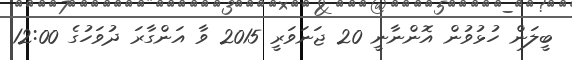
ބީލަން ހުޅުވުން އޮންނާނީ 20 ޖަނަވަރީ 2015 ވާ އަންގާރަ ދުވަހުގެ 12:00